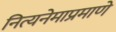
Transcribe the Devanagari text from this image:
नित्यनेमाप्रमाणे